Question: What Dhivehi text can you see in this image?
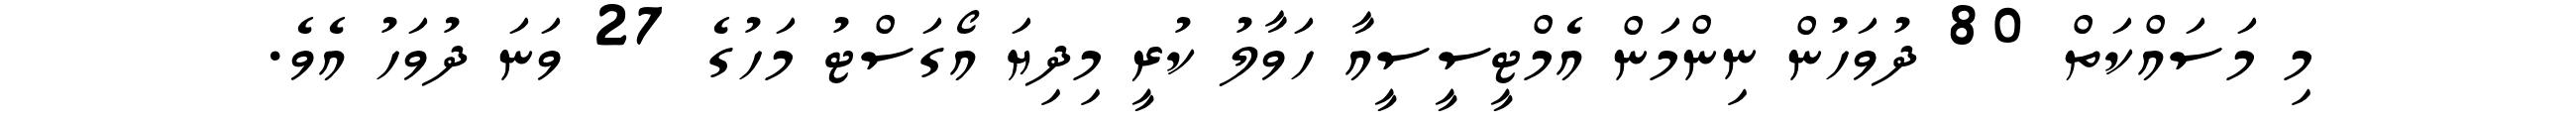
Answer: މި މަސައްކަތް 80 ދުވަހުން ނިންމަން އެމްޓީސީސީއާ ހަވާލު ކުރީ މިދިޔަ އޯގަސްޓު މަހުގެ 27 ވަނަ ދުވަހު އެވެ.